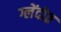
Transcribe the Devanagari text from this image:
ग्लेंदोव्र